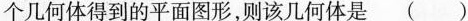
个几何体得到的平面图形，则该几何体是 ( )